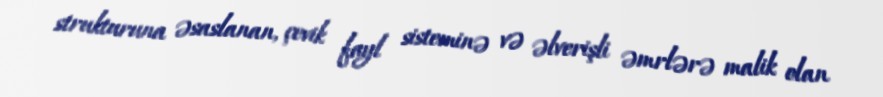
strukturuna əsaslanan, çevik fayl sisteminə və əlverişli əmrlərə malik olan